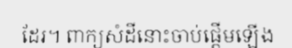
ដែរ។ ពាក្យសំដីនោះចាប់ផ្តើមឡើង